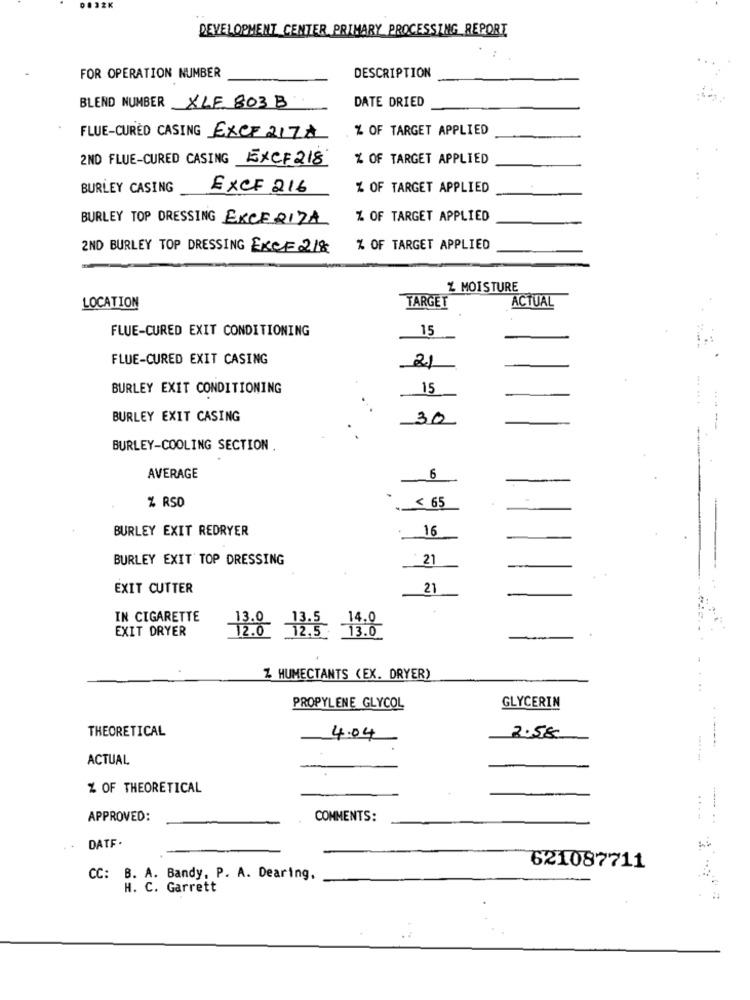
DEVELOPMENT CENTER PRIMARY PROCESSING_REPORT
FOR OPERATION NUMBER
DESCRIPTION
DATE DRIED
BLEND NUMBER XLE 803 B
% OF TARGET APPLIED
FLUE-CURED CASING EXCE 217A
2ND FLUE-CURED CASING EXCF 218
% OF TARGET APPLIED
BURLEY CASING
EXCF 216
% OF TARGET APPLIED
BURLEY TOP DRESSING EXCERITA
% OF TARGET APPLIED
2ND BURLEY TOP DRESSING EXCE 218
% OF TARGET APPLIED
Z MOISTURE
LOCATION
TARGET
ACTUAL
FLUE-CURED EXIT CONDITIONING
15
FLUE-CURED EXIT CASING
21
BURLEY EXIT CONDITIONING
15
BURLEY EXIT CASING
30
BURLEY-COOLING SECTION
AVERAGE
6
% RSD
< 65
BURLEY EXIT REDRYER
16
BURLEY EXIT TOP DRESSING
21
EXIT CUTTER
21
IN CIGARETTE
EXIT DRYER
Z HUMECTANTS (EX. DRYER)
GLYCERIN
PROPYLENE GLYCOL
THEORETICAL
2.58
4.04
---
ACTUAL
-----
% OF THEORETICAL
APPROVED:
COMMENTS:
..
DATF.
621087711
CC: B. A. Bandy, P. A. Dearing,
H. C. Garrett